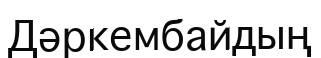
Дәркембайдың